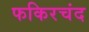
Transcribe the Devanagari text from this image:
फकिरचंद